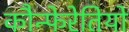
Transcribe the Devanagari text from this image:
कौन्फेरेतियो